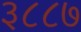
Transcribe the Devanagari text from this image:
३८८७